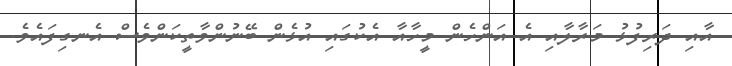
އާއި ދަރިފުޅު މަރާލާއި އެ އަންހެން މީހާއާ އެކުގައި އުޅެން ބޭނުންވާތީކަންވެސް އެނގިފައެވެ.